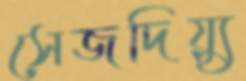
সেজদিয়্যু